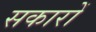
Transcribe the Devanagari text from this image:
सकारों